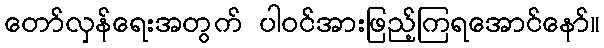
တော်လှန်ရေးအတွက် ပါဝင်အားဖြည့်ကြရအောင်နော်။